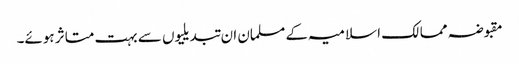
مقبوضہ ممالک اسلامیہ کے مسلمان ان تبدیلیوں سے بہت متاثر ہوئے۔